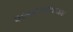
૨૯૦૯૫૨૧૬૪૪